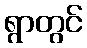
ရွာတွင်